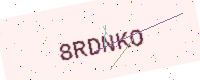
Text: 8RDNKO